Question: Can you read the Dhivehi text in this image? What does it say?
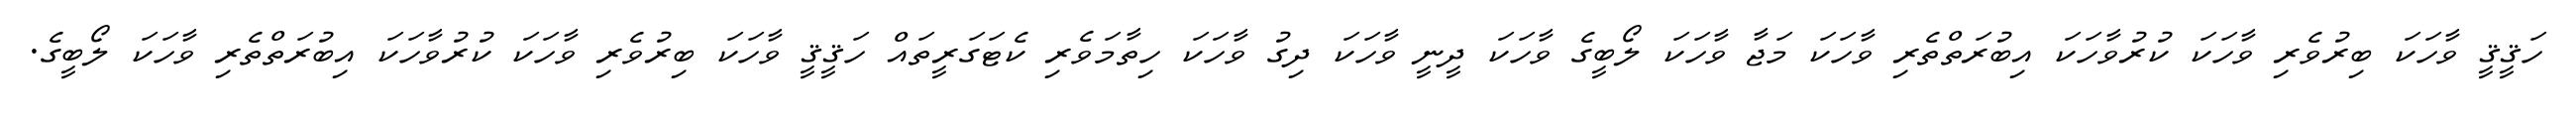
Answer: ހަޤީޤީ ވާހަކަ ބިރުވެރި ވާހަކަ ކުރުވާހަކަ އިބުރަތްތެރި ވާހަކަ މަޖާ ވާހަކަ ލޯބީގެ ވާހަކަ ދީނީ ވާހަކަ ދިގު ވާހަކަ ހިތާމަވެރި ކެޓަގަރީތައް ހަޤީޤީ ވާހަކަ ބިރުވެރި ވާހަކަ ކުރުވާހަކަ އިބުރަތްތެރި ވާހަކަ ލޯބީގެ.